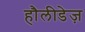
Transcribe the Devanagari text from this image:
हौलीडेज़